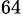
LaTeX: ^{64}